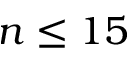
n \leq 1 5